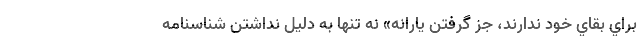
براي بقاي خود ندارند، جز گرفتن يارانه» نه تنها به دليل نداشتن شناسنامه